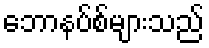
ဘောနပ်စ်များသည်